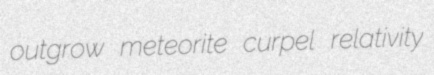
outgrow meteorite curpel relativity